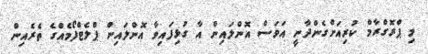
މި ޕްރޮގްރާމް ކުރިއަށްގެންދާނީ އަވަސް އޮންލައިން އާ ގުޅިފައިވާ އޮންލައިން ޕްލެޓްފޯމެއްގެ ތެރެއިން